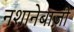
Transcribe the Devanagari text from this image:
नशानेबाज़ी